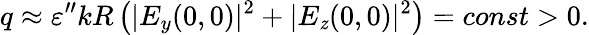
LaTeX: q\approx\varepsilon^{\prime\prime}kR\left(|E_{y}(0,0)|^{2}+|E_{\mathit{z}}(0,0)|^{2}\right)=const>0.